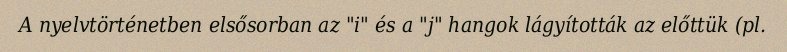
A nyelvtörténetben elsősorban az "i" és a "j" hangok lágyították az előttük (pl.